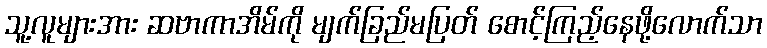
သူ့လူများအား ဆဗာကာအိမ်ကို မျက်ခြည်မပြတ် စောင့်ကြည့်နေဖို့လောက်သာ